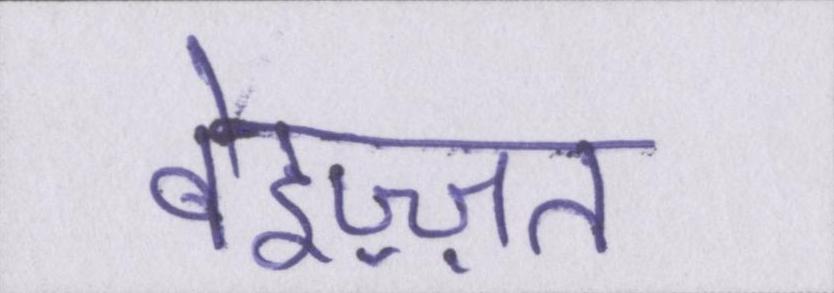
बेइज़्ज़त